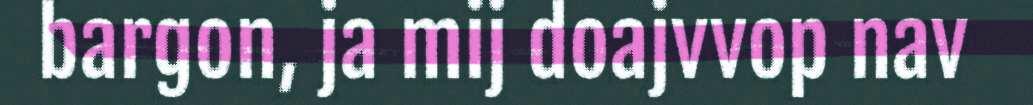
bargon, ja mij doajvvop nav